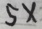
5 \times